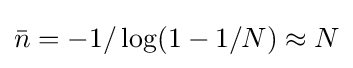
{\bar {n}}=-1/\log(1-1/N)\approx N